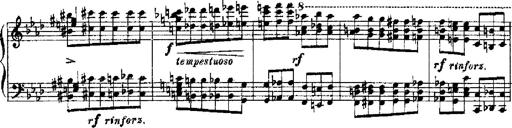
Title: RÃ©miniscences de Robert le diable
Composer: Franz Liszt